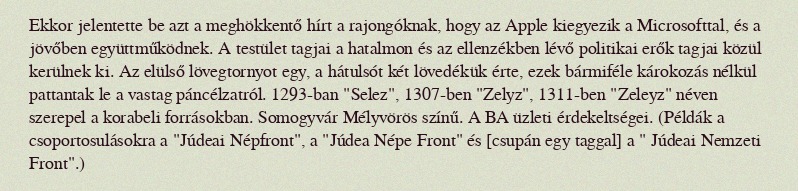
Ekkor jelentette be azt a meghökkentő hírt a rajongóknak, hogy az Apple kiegyezik a Microsofttal, és a jövőben együttműködnek. A testület tagjai a hatalmon és az ellenzékben lévő politikai erők tagjai közül kerülnek ki. Az elülső lövegtornyot egy, a hátulsót két lövedékük érte, ezek bármiféle károkozás nélkül pattantak le a vastag páncélzatról. 1293-ban "Selez", 1307-ben "Zelyz", 1311-ben "Zeleyz" néven szerepel a korabeli forrásokban. Somogyvár Mélyvörös színű. A BA üzleti érdekeltségei. (Példák a csoportosulásokra a "Júdeai Népfront", a "Júdea Népe Front" és [csupán egy taggal] a " Júdeai Nemzeti Front".)